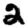
Digit: 2